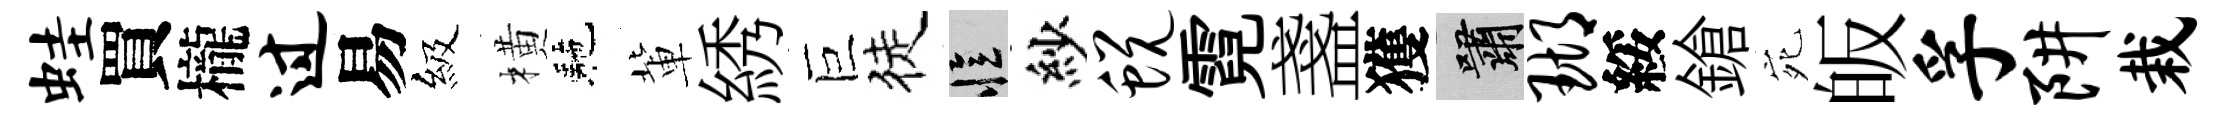
蛙買櫳过易級橫駰軰綉巨徒忆紗蜕霓盞獲嘯瑚綏鎗宛皈孚阱栽